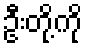
ဦးတို့ကို